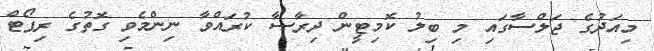
މިއަދުގެ ޖަލްސާގައި މި ބިލު ކޮމިޓީން ދިރާސާ ކުރައްވާ ނިންމެވި ގޮތުގެ ރިޕޯޓް